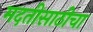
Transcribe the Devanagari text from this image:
मदतीसाठीचा